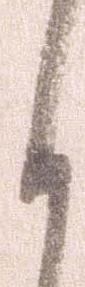
く